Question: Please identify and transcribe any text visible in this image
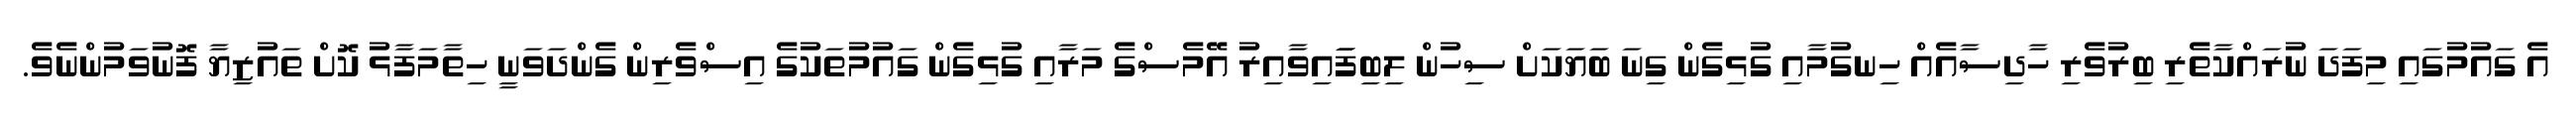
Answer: އެ ގައުމުގައި މިފަދަ ނުރައްކާތެރި ބިރުވެރި ހާދިސާއެއް ހިނގުމާއި ގުޅިގެން ގިނަ ބަޔަކަށް ސިހުން ލިބިފަައިވާއިރު އޭމެސްގެ މަރާއި ގުޅިގެން ގައުމުތަކުގެ އިސްވެރިން ގެންދަވަނީ ހިތާމަފާޅު ކޮށް ތައުޒިޔާ ފޮނުވަމުންނެވެ.